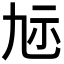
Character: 𮁝